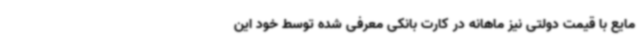
مایع با قیمت دولتی نیز ماهانه در کارت بانکی معرفی‌ شده توسط خود این